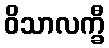
ဝိသာလက္ခီ